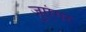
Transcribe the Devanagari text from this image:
जुएंगर